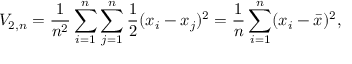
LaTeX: V _ { 2 , n } = { \frac { 1 } { n ^ { 2 } } } \sum _ { i = 1 } ^ { n } \sum _ { j = 1 } ^ { n } { \frac { 1 } { 2 } } ( x _ { i } - x _ { j } ) ^ { 2 } = { \frac { 1 } { n } } \sum _ { i = 1 } ^ { n } ( x _ { i } - { \bar { x } } ) ^ { 2 } ,